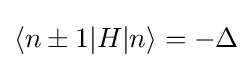
\langle n\pm 1|H|n\rangle =-\Delta